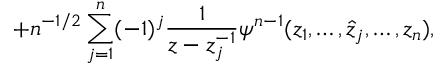
+ n ^ { - 1 / 2 } \sum _ { j = 1 } ^ { n } ( - 1 ) ^ { j } \frac 1 { z - z _ { j } ^ { - 1 } } \psi ^ { n - 1 } ( z _ { 1 } , \ldots , \hat { z } _ { j } , \ldots , z _ { n } ) ,